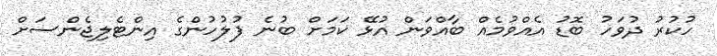
ހުކުރު ދުވަހު ބޮޑު އެއްވުމެއް ބާއްވަން އުޅޭ ކަމަށް ބުނެ ފުލުހުންގެ އިންޓެލިޖެންސަށް